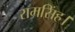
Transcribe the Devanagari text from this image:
रामसिंह।